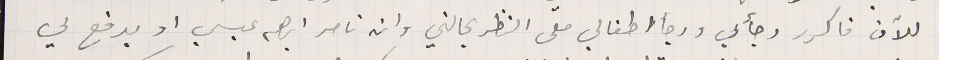
للآن فاكرر رجائي ورجأ اطفالي ملى النظر بحالتي وان تامر ابرهىم عيسي او يدفع لي